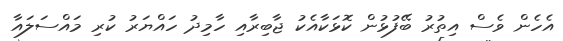
އެހެން ވެސް އިތުރު ބޭފުޅުން ކޮޅަކާއެކު ޖާބިރާއި ހާމިދު ހައްޔަރު ކުރި މައްސަލައާ